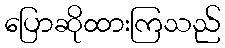
ပြောဆိုထားကြသည်